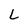
Character: L